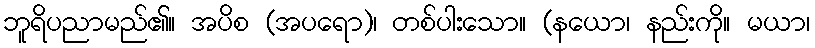
ဘူရိပညာမည်၏။ အပိစ (အပရော)၊ တစ်ပါးသော။ (နယော၊ နည်းကို။ မယာ၊